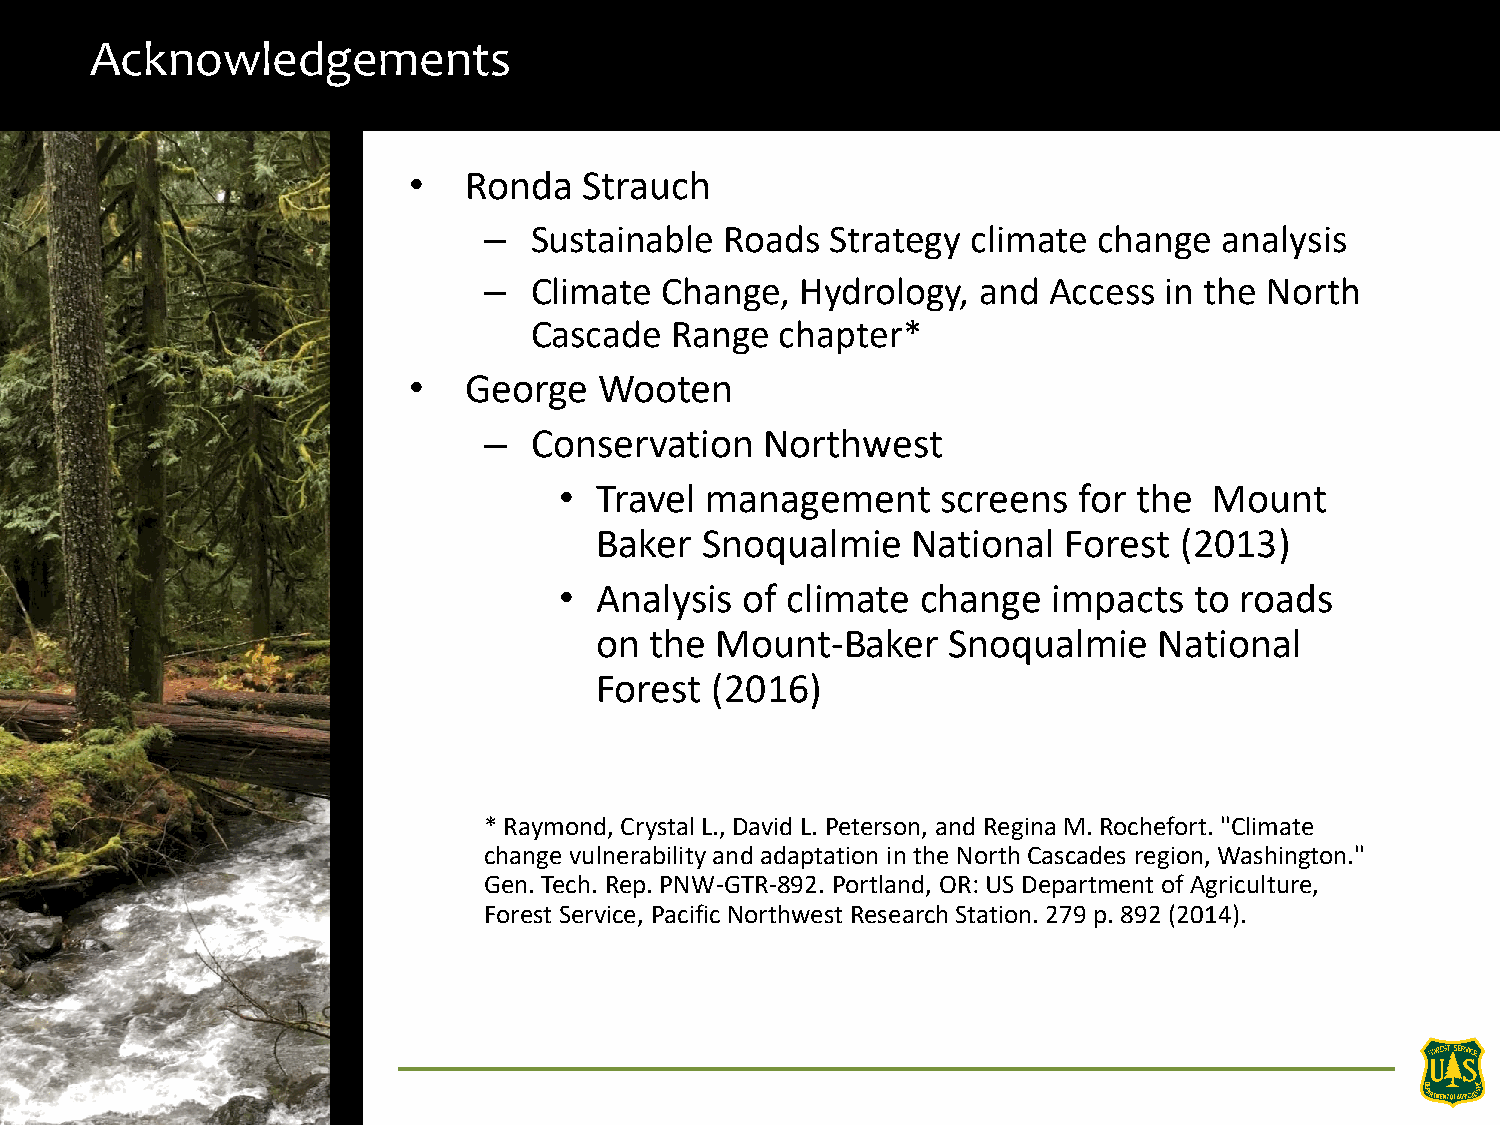
Acknowledgements
 •   Ronda   Strauch
 –  Sustainable  Roads  Strategy climate  change  analysis
 –  Climate  Change,  Hydrology,  and Access  in the North
 Cascade  Range   chapter*
 •   George   Wooten
 –  Conservation    Northwest
 • Travel  management     screens  for the  Mount
 Baker  Snoqualmie    National  Forest  (2013)
 • Analysis  of climate  change   impacts  to roads
 on  the Mount-Baker     Snoqualmie    National
 Forest  (2016)
 * Raymond, Crystal L., David L. Peterson, and Regina M. Rochefort. "Climate
 change vulnerability and adaptation in the North Cascades region, Washington."
 Gen. Tech. Rep. PNW-GTR-892. Portland, OR: US Department of Agriculture,
 Forest Service, Pacific Northwest Research Station. 279 p. 892 (2014).